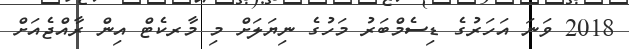
2018 ވަނަ އަހަރުގެ ޑިސެމްބަރު މަހުގެ ނިޔަލަށް މި މާރކެޓް އިން ރާއްޖެއަށް